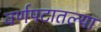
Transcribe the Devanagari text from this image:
वर्णपटातल्या